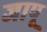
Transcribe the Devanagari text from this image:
जापू